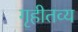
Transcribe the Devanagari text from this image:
गृहीतव्य